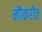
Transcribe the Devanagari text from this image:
नौकरीत